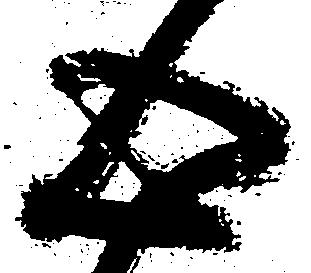
心